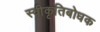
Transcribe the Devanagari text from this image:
स्वीकृतिबोधक